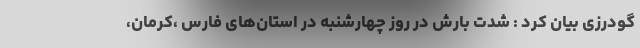
گودرزی بیان کرد : شدت بارش در روز چهارشنبه در استان‌های فارس ،کرمان،